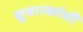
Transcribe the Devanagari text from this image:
सुधारकांशी